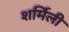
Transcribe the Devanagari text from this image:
शर्मिली